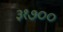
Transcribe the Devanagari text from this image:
३१७००